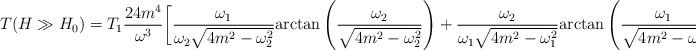
LaTeX: \begin{align*}\displaystyle{T(H \gg H_0)=T_1\frac{24m^4}{\omega^3}\bigg[\frac{\omega_1} {\omega_2 \sqrt{4m^2-\omega_2^2}}\mbox{arctan}\left(\frac{\omega_2}{\sqrt{4m^2-\omega_2^2}}\right)+ \frac{\omega_2}{\omega_1 \sqrt{4m^2-\omega_1^2}}\mbox{arctan}\left(\frac{\omega_1 }{\sqrt{4m^2-\omega_1^2}}\right)-\frac{\omega}{4m^2}\bigg]}\end{align*}